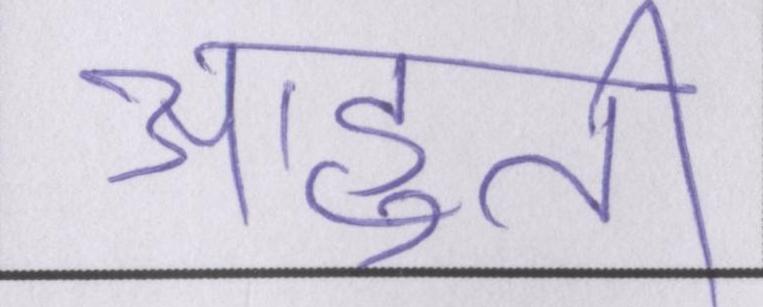
आहुति